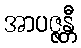
အာပဇ္ဇန္တီ